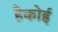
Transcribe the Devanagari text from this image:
हैकोई